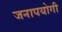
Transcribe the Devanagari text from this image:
जनापयोगी